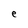
Character: e